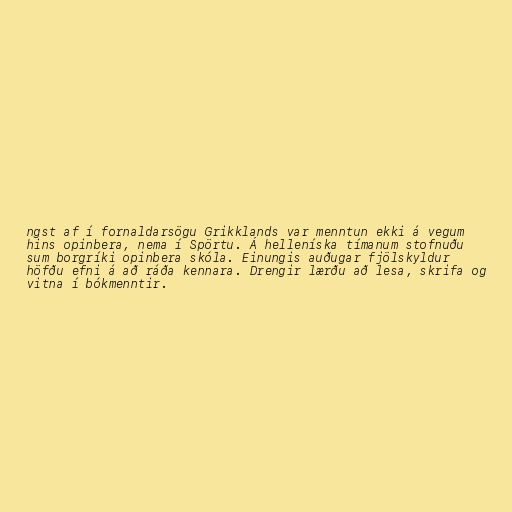
ngst af í fornaldarsögu Grikklands var menntun ekki á vegum
hins opinbera, nema í Spörtu. Á helleníska tímanum stofnuðu
sum borgríki opinbera skóla. Einungis auðugar fjölskyldur
höfðu efni á að ráða kennara. Drengir lærðu að lesa, skrifa og
vitna í bókmenntir.